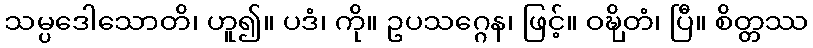
သမ္ပဒေါသောတိ၊ ဟူ၍။ ပဒံ၊ ကို။ ဥပသဂ္ဂေန၊ ဖြင့်။ ဝဍ္ဎှိတံ၊ ပြီ။ စိတ္တဿ